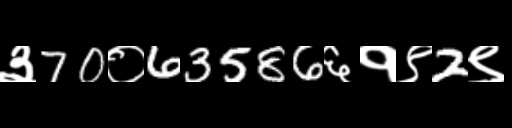
Text: ३70०63586६१९2९